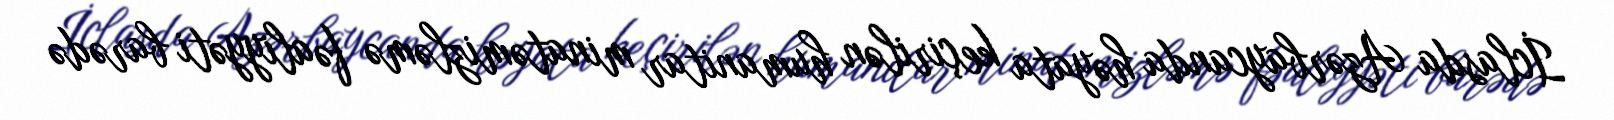
İclasda Azərbaycanda həyata keçirilən humanitar minatəmizləmə fəaliyyəti barədə